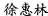
徐惠林